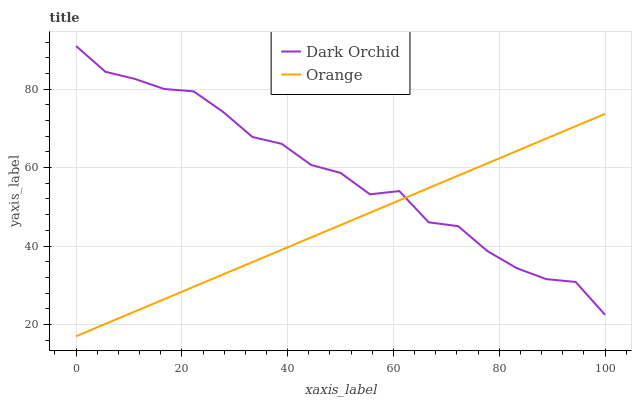
| xaxis_label | Dark Orchid | Orange |
 | --- | --- | --- |
 | 0 | 91 | 17 |
 | 5.56 | 84.4 | 20.2 |
 | 11.1 | 82.6 | 23.3 |
 | 16.7 | 80 | 26.5 |
 | 22.2 | 79.4 | 29.6 |
 | 27.8 | 74.2 | 32.8 |
 | 33.3 | 67.8 | 35.9 |
 | 38.9 | 66 | 39.1 |
 | 44.4 | 60.7 | 42.2 |
 | 50 | 58.7 | 45.4 |
 | 55.6 | 53.2 | 48.5 |
 | 61.1 | 54 | 51.7 |
 | 66.7 | 46 | 54.8 |
 | 72.2 | 45.1 | 58 |
 | 77.8 | 38.7 | 61.1 |
 | 83.3 | 34.3 | 64.3 |
 | 88.9 | 31.6 | 67.4 |
 | 94.4 | 30.8 | 70.6 |
 | 100 | 22.5 | 73.7 |